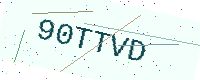
Text: 90TTVD